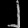
Digit: ၂